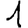
Digit: 1